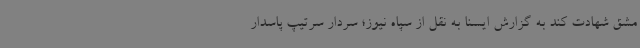
مشق شهادت کند به گزارش ایسنا به نقل از سپاه نیوز؛ سردار سرتیپ پاسدار